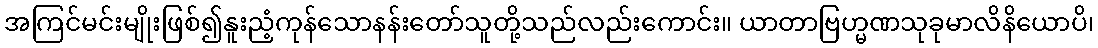
အကြင်မင်းမျိုးဖြစ်၍နူးညံ့ကုန်သောနန်းတော်သူတို့သည်လည်းကောင်း။ ယာတာဗြဟ္မဏသုခုမာလိနိယောပိ၊